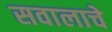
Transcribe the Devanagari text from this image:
सवालाचे